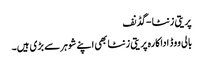
پریتی زنٹا -گڈنف
بالی ووڈ اداکارہ پریتی زنٹا بھی اپنے شوہرسے بڑی ہیں۔